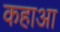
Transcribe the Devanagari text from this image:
कहाआ